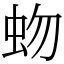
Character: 𧉚